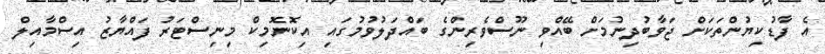
އެ ފާޑުކިޔުންތަކަށް ޖަވާބުދިނުމަށް ބޭއްވި ނޫސްވެރިންގެ ބައްދަލުވުމުގައި އިކޮނޮމިކް މިނިސްޓަރު ފައްޔާޒު އިސްމާއިލް